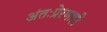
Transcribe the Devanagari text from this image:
अंतःप्रेरणाही